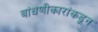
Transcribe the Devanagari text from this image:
बांधणीकारांकडून